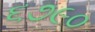
૬૭૯૦